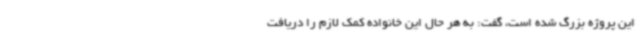
این پروژه بزرگ شده است، گفت: به هر حال این خانواده کمک لازم را دریافت